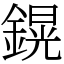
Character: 鎤